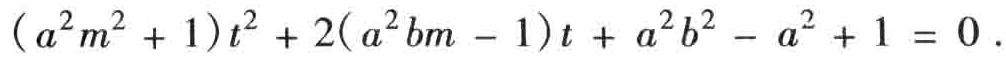
\((a^{2}m^{2}+1)t^{2}+2(a^{2}bm - 1)t+a^{2}b^{2}-a^{2}+1 = 0\)